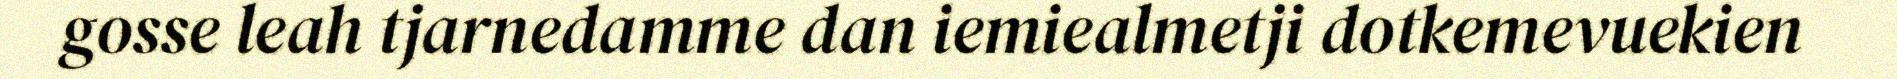
gosse leah tjarnedamme dan iemiealmetji dotkemevuekien